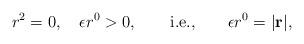
LaTeX: \begin{align*}r^2 = 0 , \quad \epsilon r^0>0,\qquad {\rm i.e.,} \qquad\epsilon r^0 = |\bf r|,\end{align*}